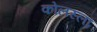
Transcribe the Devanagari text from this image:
कोलस्लॉ